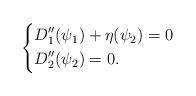
LaTeX: \begin{align*}\left\{\begin{aligned} & D_1''(\psi_1)+\eta(\psi_2)=0 \\ & D_2''(\psi_2)=0.\end{aligned}\right.\end{align*}